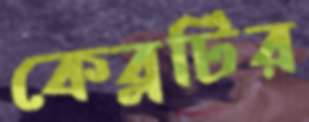
কেব্লটির